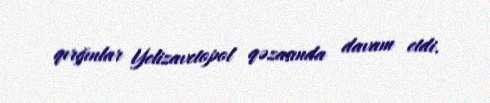
qırğınlar Yelizavetopol qəzasında davam etdi.